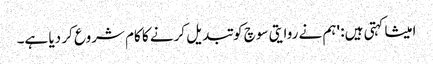
امیشا کہتی ہیں: 'ہم نے روایتی سوچ کو تبدیل کرنے کا کام شروع کر دیا ہے۔